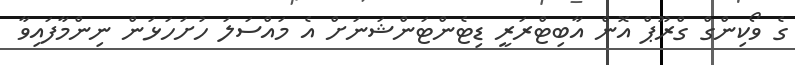
ގެ ވޯކިންގް ގްރޫޕް އޮން އާބިޓްރަރީ ޑިޓެންޓަންޝަނަށް އެ މައްސަލަ ހުށަހަޅަން ނިންމާފައިވާ